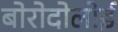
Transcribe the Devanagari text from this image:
बोरोदोलोई